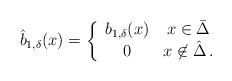
LaTeX: \begin{align*}\hat{b}_{1,\delta}(x) =\left\{\begin{array}{cc}b_{1,\delta}(x) & x \in \bar \Delta\\0 & x \not\in \hat \Delta\,.\end{array} \right.\end{align*}